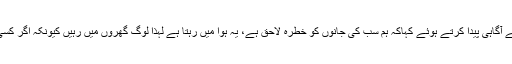
اپنے یوٹیوب چینل پر شعیب اختر نے لوگوں میں کورونا وائرس کے حوالے سے آگاہی پیدا کرتے ہوئے کہاکہ ہم سب کی جانوں کو خطرہ لاحق ہے، یہ ہوا میں رہتا ہے لہٰذا لوگ گھروں میں رہیں کیونکہ اگر کسی ایک کو بھی وائرس لگ گیا تو سب کی جانوں کو خطرات لاحق ہو جاتے ہیں۔